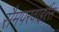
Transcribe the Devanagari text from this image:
सैमपरवाइरैंस